65_HS1-834228961_62-HQ-83894_Section_9
Agency: FBI
Page 187
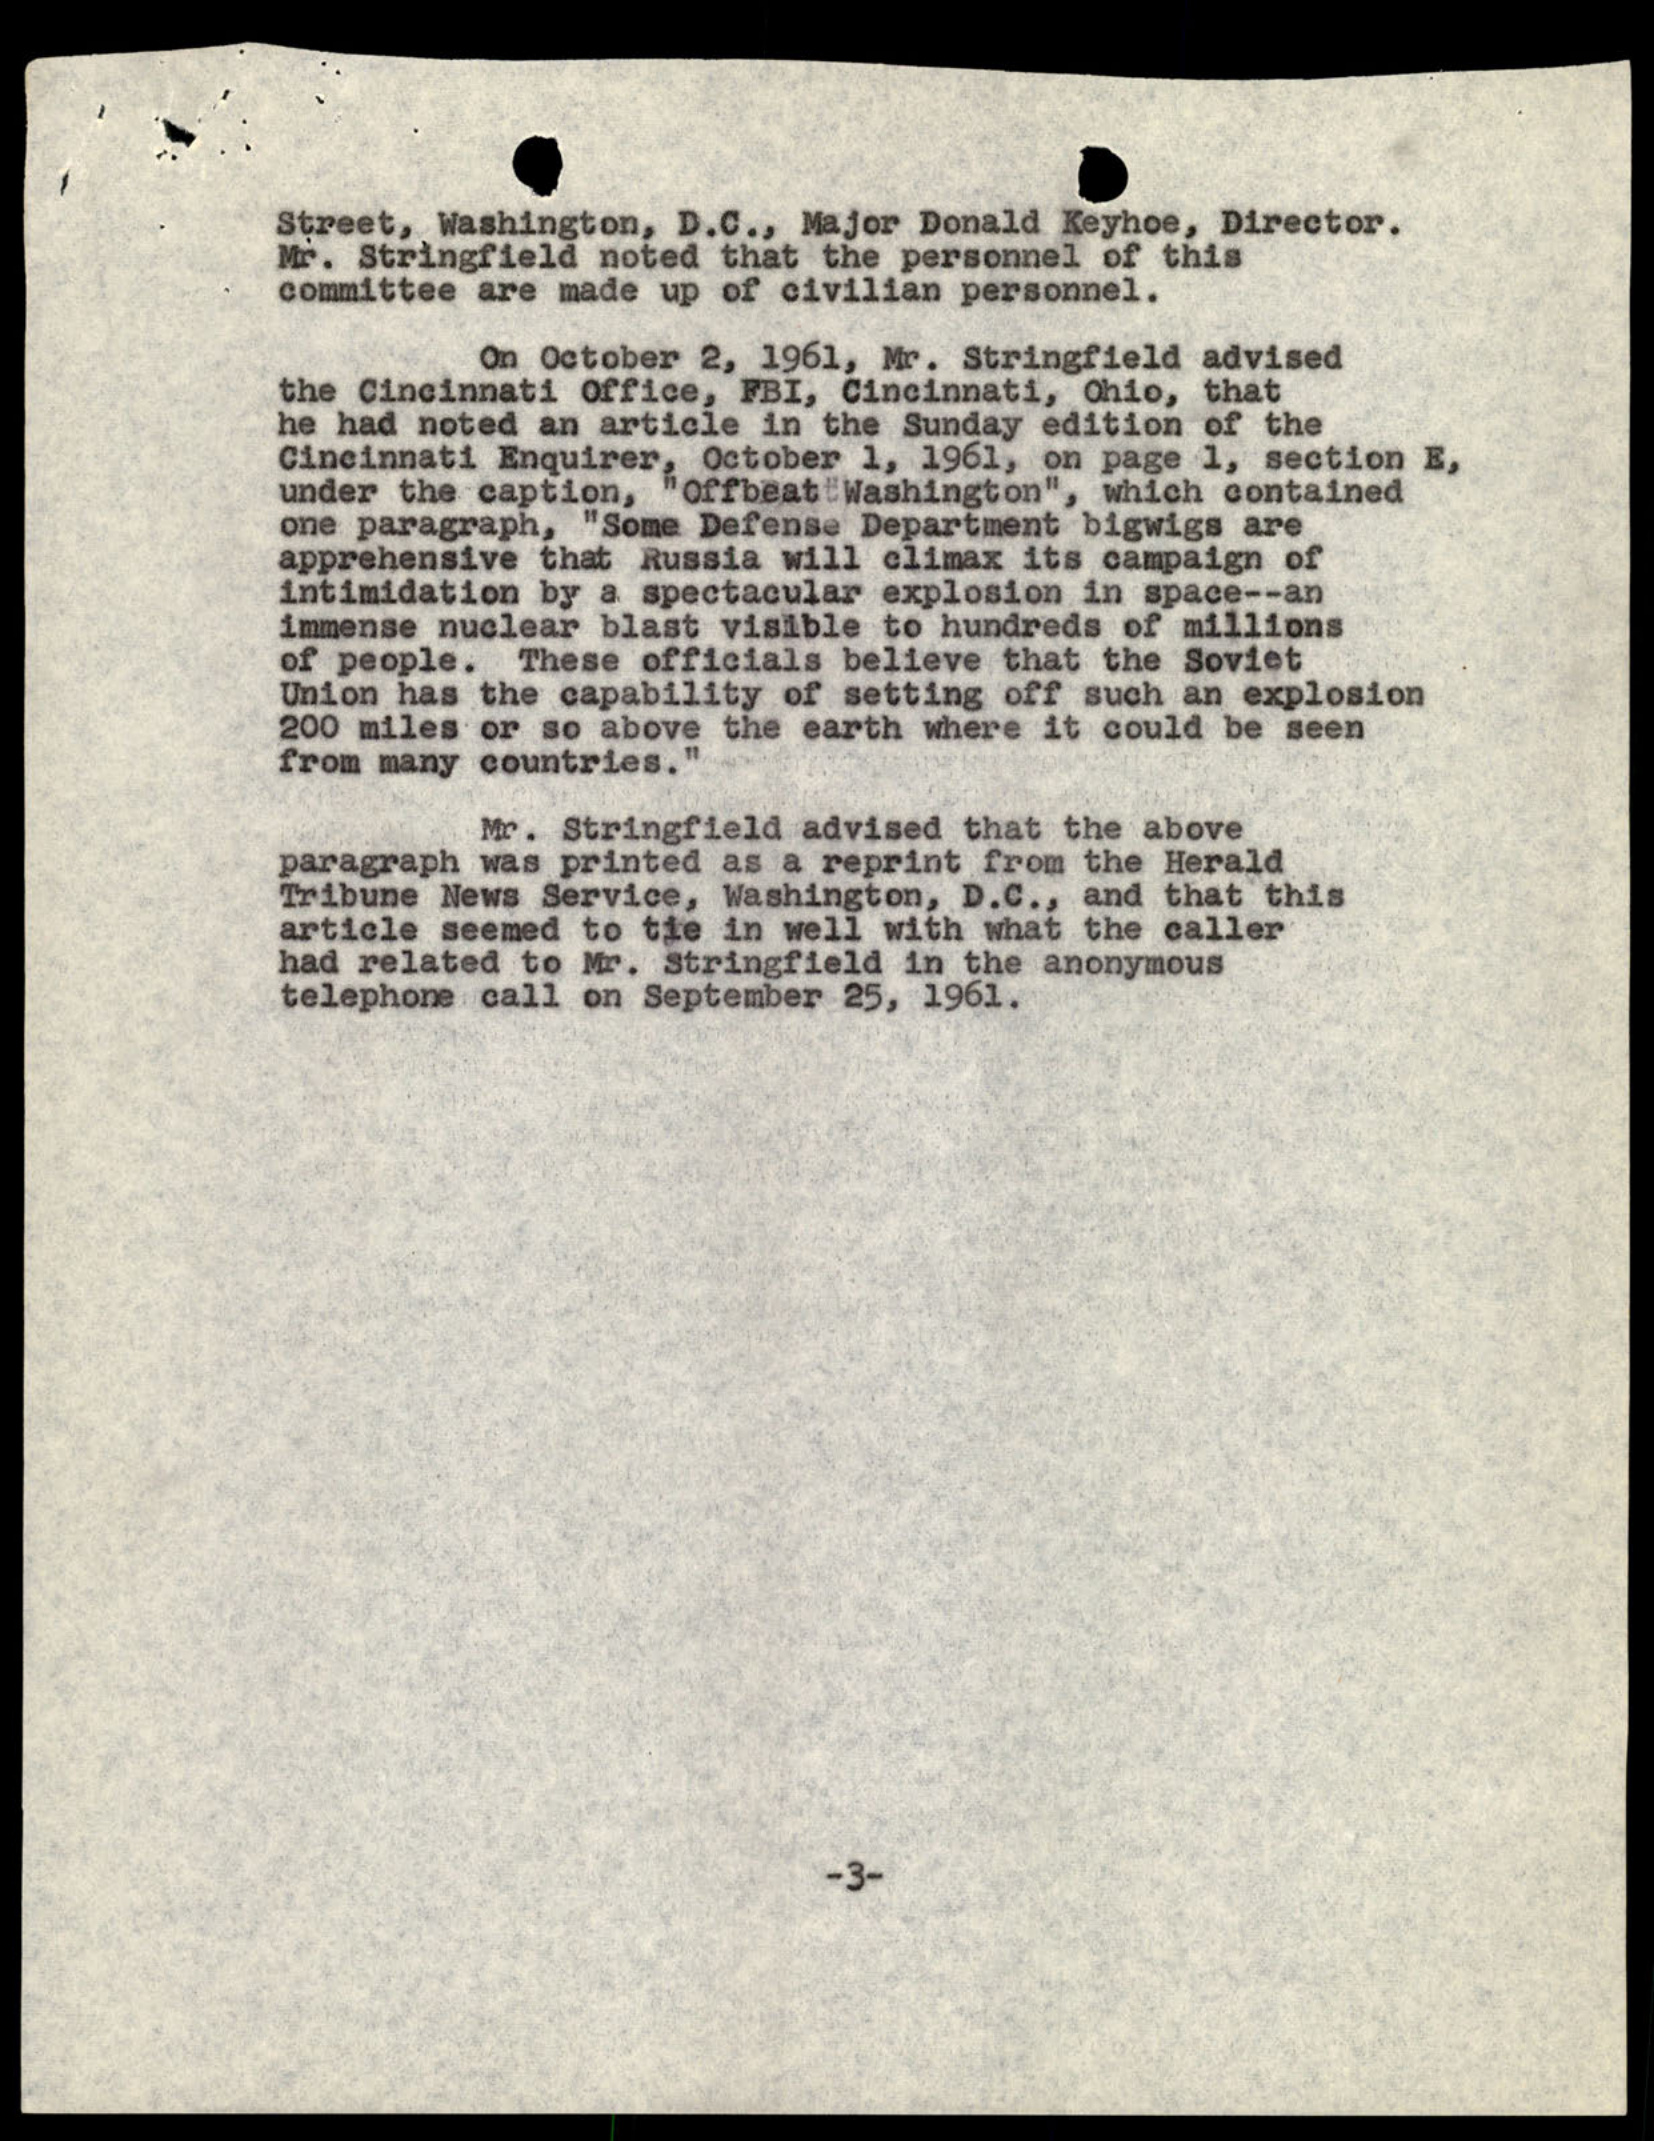